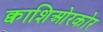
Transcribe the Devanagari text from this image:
क्वाशिओरकोर